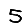
Digit: 5